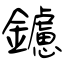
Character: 鑢